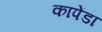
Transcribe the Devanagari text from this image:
कापेंडा